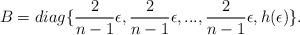
LaTeX: \begin{align*}B=diag \{\frac{2}{n-1}\epsilon,\frac{2}{n-1}\epsilon,...,\frac{2}{n-1}\epsilon,h(\epsilon)\}.\end{align*}